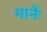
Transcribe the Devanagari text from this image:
मानैः